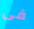
فى